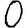
Digit: 0